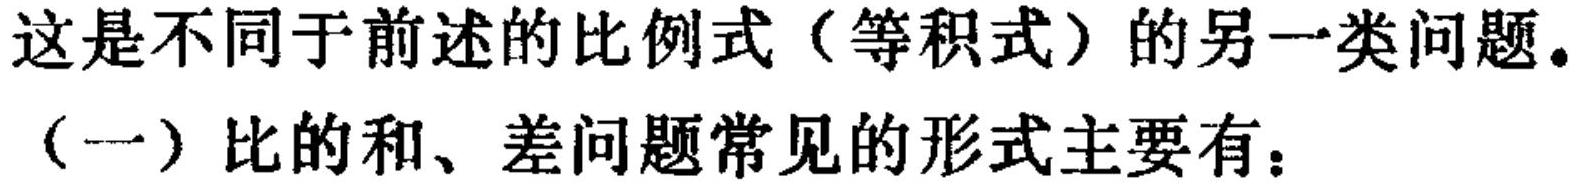
这是不同于前述的比例式（等积式）的另一类问题。
（一）比的和、差问题常见的形式主要有：